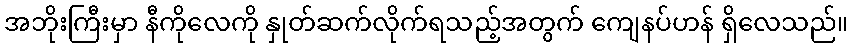
အဘိုးကြီးမှာ နီကိုလေကို နှုတ်ဆက်လိုက်ရသည့်အတွက် ကျေနပ်ဟန် ရှိလေသည်။